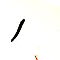
1